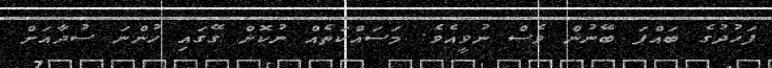
ފަހުދުގެ ބައްޕަ ބޭނުން ވެސް ނުވީއެވެ. މަސައްކަތެއް ނުކޮށް ގޭގައި ހުންނަ ސުދާއަށް